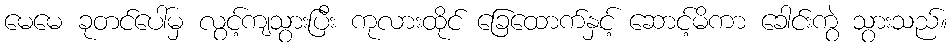
မေမေ ခုတင်ပေါ်မှ လွင့်ကျသွားပြီး ကုလားထိုင် ခြေထောက်နှင့် ဆောင့်မိကာ ခေါင်းကွဲ သွားသည်။